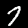
Digit: 7